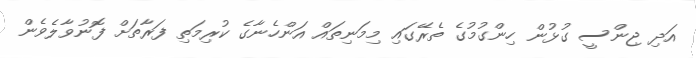
އަދި ޖިންސީ ގުޅުން ހިންގުމުގެ ތެރޭގައި މިމަނިތައް އަންހެނާގެ ކުރިމަތި ފަރާތަށް ފޮނުވާލެވެން